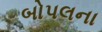
બોપલના